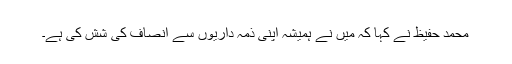
محمد حفیظ نے کہا کہ میں نے ہمیشہ اپنی ذمہ داریوں سے انصاف کی شش کی ہے۔